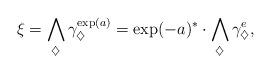
LaTeX: \begin{align*}\xi = \bigwedge_{\diamondsuit} \gamma_{\diamondsuit}^{\exp(a)} = \exp(-a)^*\cdot \bigwedge_{\diamondsuit} \gamma_{\diamondsuit}^{e},\end{align*}